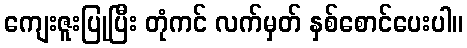
ကျေးဇူးပြုပြီး တုံကင် လက်မှတ် နှစ်စောင်ပေးပါ။